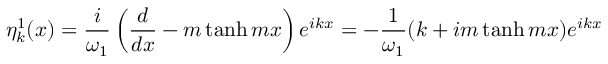
\eta _ { k } ^ { 1 } ( x ) = \frac { i } { \omega _ { 1 } } \left( \frac { d } { d x } - m \operatorname { t a n h } m x \right) e ^ { i k x } = - \frac { 1 } { \omega _ { 1 } } ( k + i m \operatorname { t a n h } m x ) e ^ { i k x }